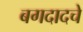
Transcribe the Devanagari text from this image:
बगदादचे